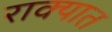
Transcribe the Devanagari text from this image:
राक्यात